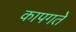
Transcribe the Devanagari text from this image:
कापगते